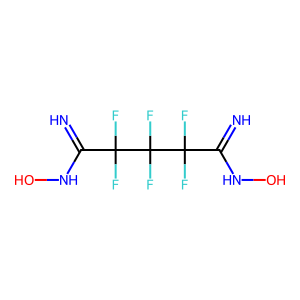
SMILES: N=C(NO)C(F)(F)C(F)(F)C(F)(F)C(=N)NO
Inhibits HIV replication: No